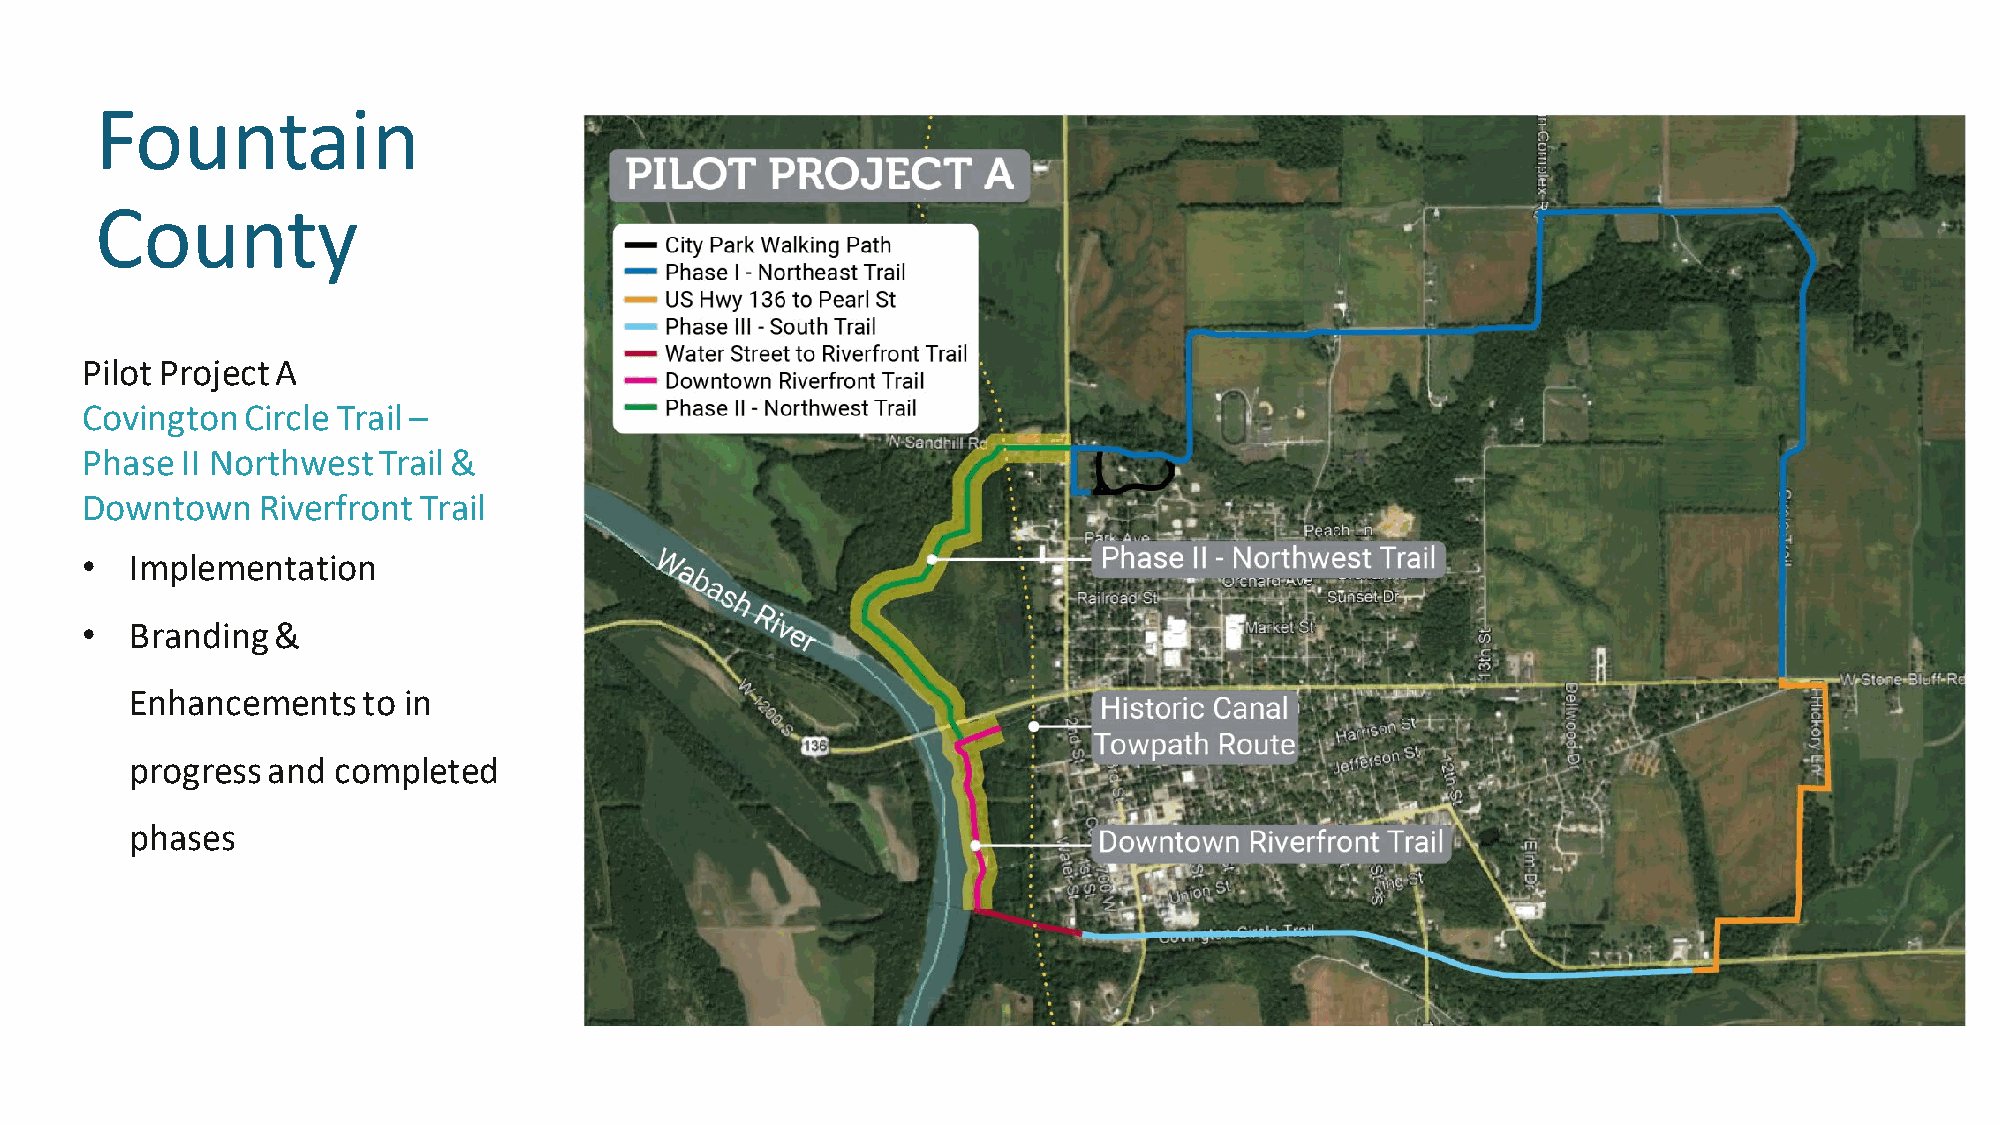
Fountain
 County
 Pilot Project A
 Covington  Circle Trail –
 Phase  II Northwest Trail &
 Downtown    Riverfront Trail
 •   Implementation
 •   Branding &
 Enhancements   to in
 progress and completed
 phases